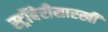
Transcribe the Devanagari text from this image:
स्ट्रॉबेरीसारखी